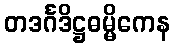
တဒင်္ဂဒိဋ္ဌဓမ္မိကေန